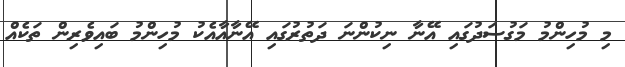
މި މުހިންމު މަގުސަދުގައި އޭނާ ނިކުންނަ ދަތުރުގައި އޭނާއާއެކު މުހިންމު ބައިވެރިން ތަކެއް